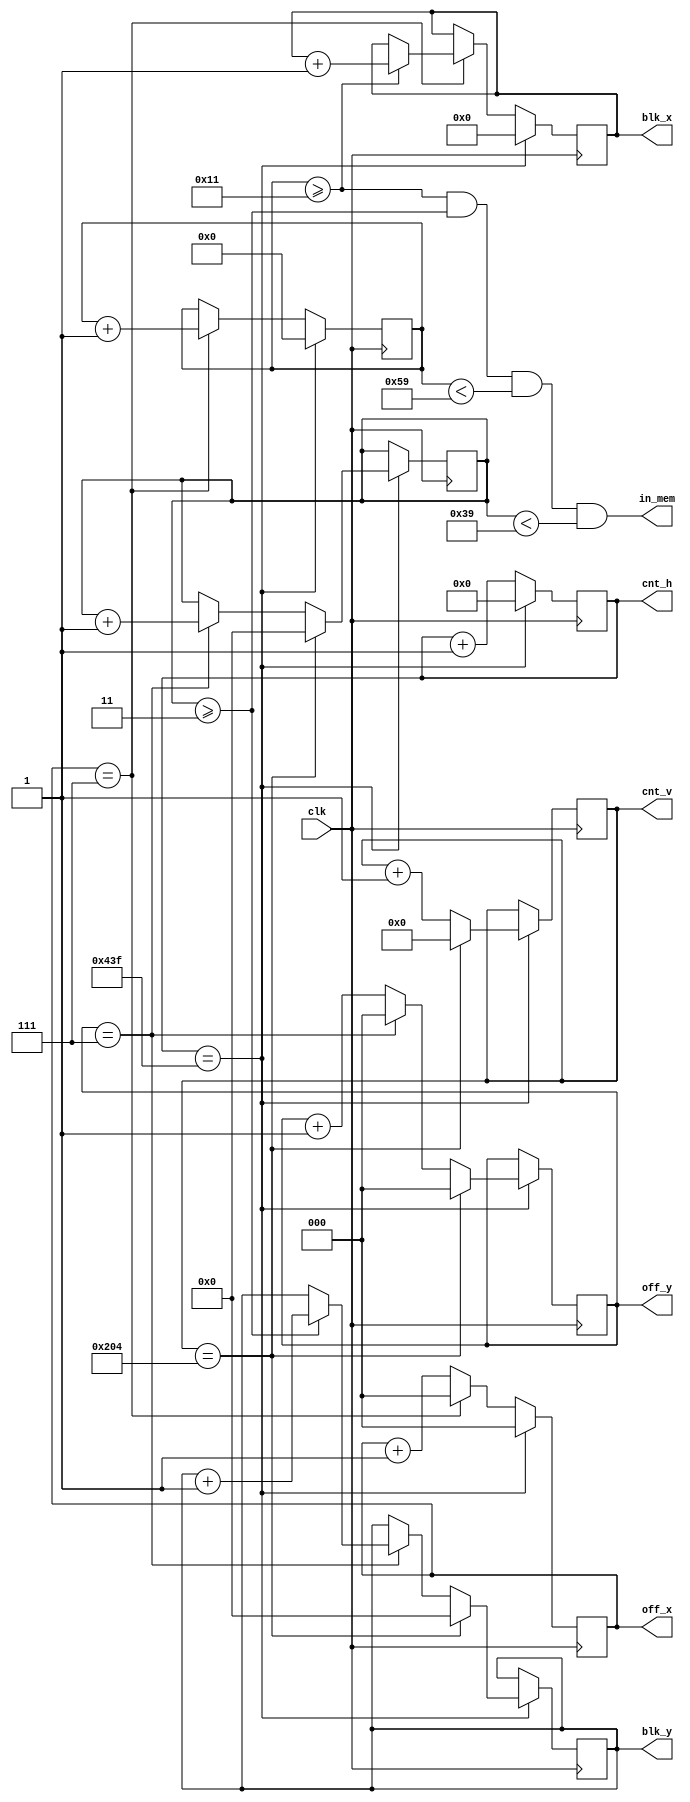
`define OFF_MAX    3'd7 // MAX max offset

`define HW  11'd1088 // Horizontal total width
`define VW  10'd517 // Vertical total width
`define MIN_BLK_X 8'd17
`define MIN_BLK_Y 6'd3
`define LEN_BLK_X 8'd72
`define LEN_BLK_Y 6'd54

module graphic_counter(                                    
  input				    clk,
  output reg  [10:0]  cnt_h,
  output reg  [9:0]   cnt_v,
  output reg  [6:0]   blk_x,
  output reg  [5:0]   blk_y,
  output reg  [2:0]   off_x,
  output reg  [2:0]   off_y,
  output wire 	 	    in_mem
);

	reg [7:0] blk_x_cnt;
	reg [5:0] blk_y_cnt;
	
	assign in_mem = (blk_x_cnt >= `MIN_BLK_X) & (blk_y_cnt >= `MIN_BLK_Y) & (blk_x_cnt < `MIN_BLK_X + `LEN_BLK_X) & (blk_y_cnt < `MIN_BLK_Y + `LEN_BLK_Y);

	always @(posedge clk) begin
		if (cnt_h == `HW - 1) begin
			cnt_h <= 11'b0;
			off_x <= 3'b0;
			blk_x_cnt <= 8'b0;
			blk_x <= 7'b0;
			
			if (cnt_v == `VW - 1) begin
				cnt_v <= 10'b0;
				off_y <= 3'b0;
				blk_y_cnt <= 6'b0;
				blk_y <= 6'b0;
			end else begin
				cnt_v <= cnt_v + 10'b1;
				
				if (off_y == `OFF_MAX) begin
					off_y <= 3'b0;
					blk_y_cnt <= blk_y_cnt + 6'b1;
					if(blk_y_cnt >= `MIN_BLK_Y) begin
						blk_y <= blk_y + 6'b1;
					end
 				end else begin
					off_y <= off_y + 3'b1;
				end 
			end 
		end else begin
			cnt_h <= cnt_h + 11'b1;
			
			if(off_x == `OFF_MAX) begin
				off_x <= 3'b0;
				blk_x_cnt <= blk_x_cnt + 8'b1;
				if(blk_x_cnt >= `MIN_BLK_X) begin
					blk_x <= blk_x + 7'b1;
				end
			end else begin
				off_x <= off_x + 3'b1;
			end 
		end
	end
	
endmodule